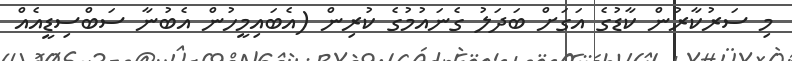
މި ސަރުކާރުން ކާޑުގެ އަގަށް ބަދަލު ގެނައުމުގެ ކުރިން (އެބައިމީހުން އެބުނާ ސަބްސިޑީއެއް